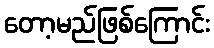
တော့မည်ဖြစ်ကြောင်း